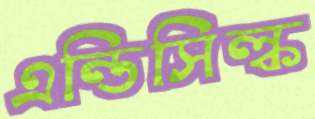
এন্ডিসিল্ক